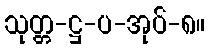
သုတ္တ-ဋ္ဌ-ပ-အုပ်-၈။